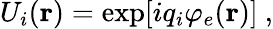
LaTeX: U_{i}({\mathbf r})=\exp[iq_{i}\varphi_{e}({\mathbf r})]\ ,